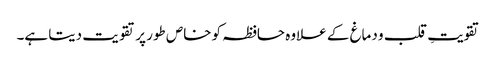
تقویتِ قلب و دماغ کے علاوہ حافظہ کو خاص طور پر تقویت دیتا ہے۔